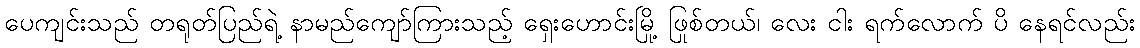
ပေကျင်းသည် တရုတ်ပြည်ရဲ့ နာမည်ကျော်ကြားသည့် ရှေးဟောင်းမြို့ ဖြစ်တယ်၊ လေး ငါး ရက်လောက် ပို နေရင်လည်း